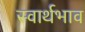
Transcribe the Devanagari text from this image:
स्वार्थभाव